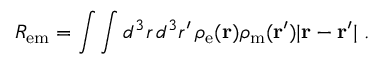
R _ { \mathrm { e m } } = \int \int d ^ { 3 } r \, d ^ { 3 } r ^ { \prime } \, \rho _ { \mathrm { e } } ( { \bf r } ) \rho _ { \mathrm { m } } ( { \bf r } ^ { \prime } ) | { \bf r } - { \bf r } ^ { \prime } | \ .